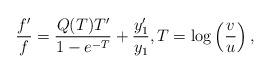
LaTeX: \begin{align*} \frac{f'}{f} = \frac{Q(T) T'}{1-e^{-T} } + \frac{y_1'}{y_1} , T = \log\left( \frac{v}{u} \right) , \end{align*}